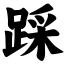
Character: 踩